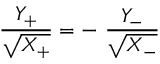
{ \frac { Y _ { + } } { \sqrt { X _ { + } } } } = - ~ { \frac { Y _ { - } } { \sqrt { X _ { - } } } }